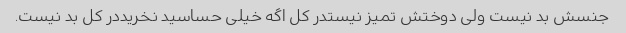
جنسش بد نیست ولی دوختش تمیز نیستدر کل اگه خیلی حساسید نخریددر کل بد نیست.